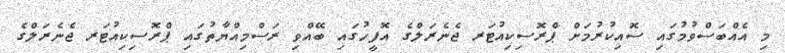
މި އެއްބަސްވުމުގައި ސޮއިކުރުމަށް ޕްރޮސިކިއުޓަރ ޖެނެރަލްގެ އޮފީހުގައި ބޭއްވި ރަސްމިއްޔާތުގައި ޕްރޮސިކިއުޓަރ ޖެނެރަލްގެ